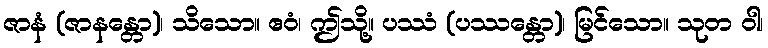
ဇာနံ (ဇာနန္တော)၊ သိသော။ ဧဝံ၊ ဤသို့။ ပဿံ (ပဿန္တော)၊ မြင်သော။ သုတ ဝါ၊